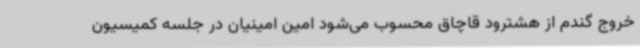
خروج گندم از هشترود قاچاق محسوب می‌شود امین امینیان در جلسه کمیسیون